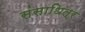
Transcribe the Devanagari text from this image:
संसाधित्र